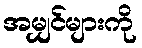
အမျှင်များကို